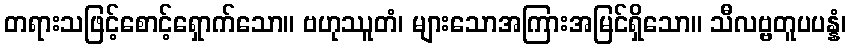
တရားသဖြင့်စောင့်ရှောက်သော။ ဗဟုဿူတံ၊ များသောအကြားအမြင်ရှိသော။ သီလဗ္ဗတူပပန္နံ၊